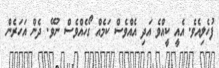
ފުހެލިއެވެ. އެއީ ކީއްވެ އަދި އެއްވެސް ކަމެއް ގޯހެއްވެސް ނުވޭ. ދެން އަހަރެން